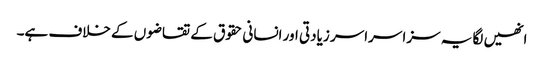
انھیں لگا یہ سزا سراسر زیادتی اور انسانی حقوق کے تقاضوں کے خلاف ہے۔